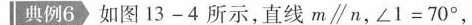
例6如图13-4所示，直线m\parallel n，$$∠ 1 = 7 0 °$$，